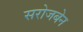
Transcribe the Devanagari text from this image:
सरोजबेन